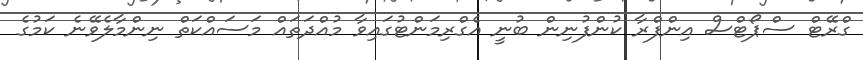
ގްރޭޓް ސްޕޯޓްސް އިންފްރާ ކުންފުނިން ބުނީ އެގްރިމަންޓުގައިވާ މުއްދަތައް މަސައްކަތް ނިންމާލެވޭނެ ކަމުގެ